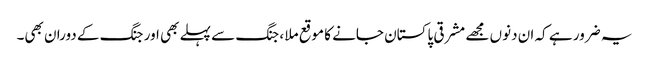
یہ ضرور ہے کہ ان دنوں مجھے مشرقی پاکستان جانے کا موقع ملا ، جنگ سے پہلے بھی اور جنگ کے دوران بھی۔